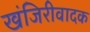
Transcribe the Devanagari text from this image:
खंजिरीवादक